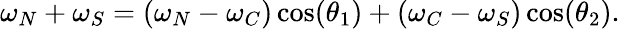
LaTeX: \omega_{N}+\omega_{S}=(\omega_{N}-\omega_{C})\cos(\theta_{1})+(\omega_{C}-\omega_{S})\cos(\theta_{2}).